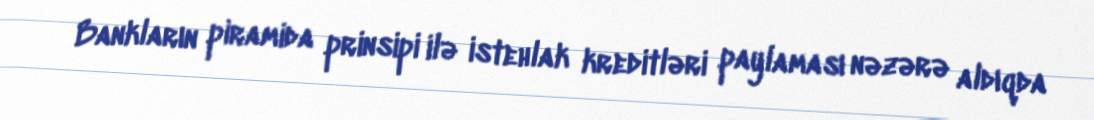
Bankların piramida prinsipi ilə istehlak kreditləri paylaması nəzərə aldıqda